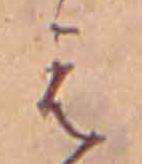
え